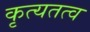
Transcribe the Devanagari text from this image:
कृत्यतत्व